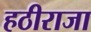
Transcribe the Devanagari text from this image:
हठीराजा